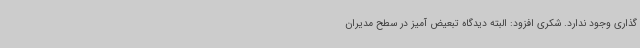
گذاری وجود ندارد. شکری افزود: البته دیدگاه تبعیض آمیز در سطح مدیران